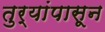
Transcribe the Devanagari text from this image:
तुर्‍यांपासून